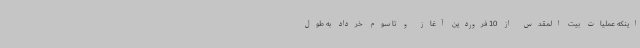
اینکه عملیات بیت المقدس از 10 فروردین آغاز و تا سوم خرداد به طول